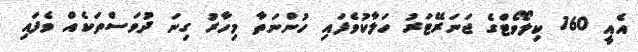
އެއީ 160 ކިލޯވޯޓްގެ ޖަނަރޭޓަރު ހަލާކުވެފައި ހުންނަތާ މިހާރު ގިނަ ދުވަސްތަކެއް ވެފައި